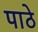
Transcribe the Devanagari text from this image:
पाठे